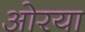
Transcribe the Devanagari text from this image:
ओरया